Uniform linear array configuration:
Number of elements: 64
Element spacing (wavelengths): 0.5
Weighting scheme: hann
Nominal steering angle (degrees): -45
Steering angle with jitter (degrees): -46.11
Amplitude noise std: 0.05
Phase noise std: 0.05

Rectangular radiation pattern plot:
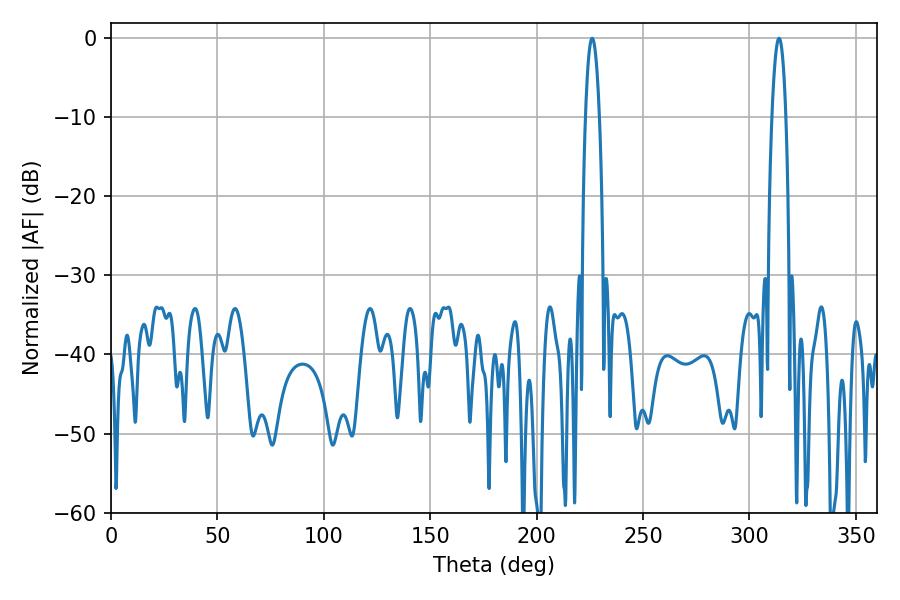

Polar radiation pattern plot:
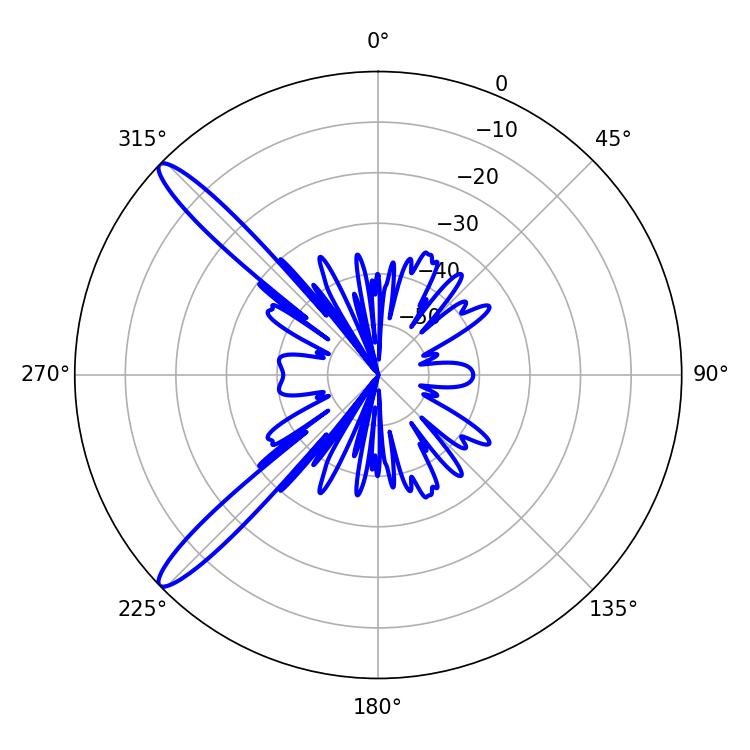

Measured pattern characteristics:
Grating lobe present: FALSE
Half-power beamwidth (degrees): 3.6
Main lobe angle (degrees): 226.08